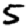
Digit: 5